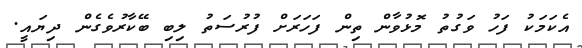
އެކަމަކު ފަހު ވަގުތު މޮޅުވާން ތިން ފަހަރަށް ފުރުސަތު ލިބި ބޭކާރުވެގެން ދިޔައީ.